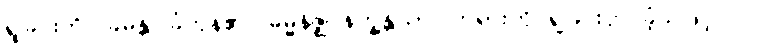
ရှုခြင်းကို။ ခမန္တိ၊ ခံကုန်၏။ ဓမ္မနိဇ္ဈာနက္ခန္တိယာ၊ တရားကို ရှုခြင်းငှာ ခံ့သဖြင့်။ ဝါ၊